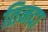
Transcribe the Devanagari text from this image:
तिनदा